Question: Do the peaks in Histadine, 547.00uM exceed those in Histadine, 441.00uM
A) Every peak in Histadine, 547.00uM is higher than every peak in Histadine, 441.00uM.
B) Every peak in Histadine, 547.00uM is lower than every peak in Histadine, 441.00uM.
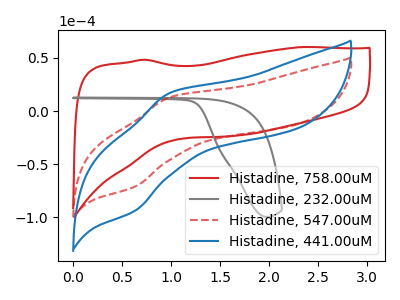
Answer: <think>The red curve "Histadine, 758.00uM" has no peaks. The gray curve "Histadine, 232.00uM" has no peaks. The red dashed curve "Histadine, 547.00uM" has an anodic peak at (1.00V, 13.00uA) and a cathodic peak at (0.65V, -71.05uA). The blue curve "Histadine, 441.00uM" has an anodic peak at (1.00V, 17.15uA) and a cathodic peak at (0.65V, -93.75uA).</think>
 <answer>B) Every peak in "Histadine, 547.00uM" is lower than every peak in "Histadine, 441.00uM".</answer>
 <eval>B</eval>